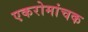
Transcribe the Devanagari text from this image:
एकरोमांचक